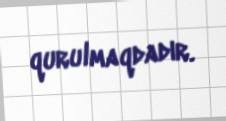
qurulmaqdadır.